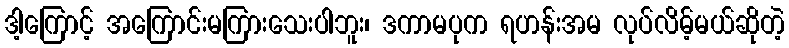
ဒါ့ကြောင့် အကြောင်းမကြားသေးပါဘူး၊ ဒကာမပုက ရဟန်းအမ လုပ်လိမ့်မယ်ဆိုတဲ့